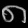
Digit: ၈